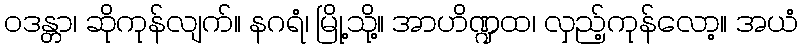
ဝဒန္တာ၊ ဆိုကုန်လျက်။ နဂရံ၊ မြို့သို့။ အာဟိဏ္ဍထ၊ လှည့်ကုန်လော့။ အယံ